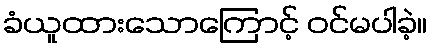
ခံယူထားသောကြောင့် ဝင်မပါခဲ့။